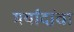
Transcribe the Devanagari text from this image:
मर्यांदांचा